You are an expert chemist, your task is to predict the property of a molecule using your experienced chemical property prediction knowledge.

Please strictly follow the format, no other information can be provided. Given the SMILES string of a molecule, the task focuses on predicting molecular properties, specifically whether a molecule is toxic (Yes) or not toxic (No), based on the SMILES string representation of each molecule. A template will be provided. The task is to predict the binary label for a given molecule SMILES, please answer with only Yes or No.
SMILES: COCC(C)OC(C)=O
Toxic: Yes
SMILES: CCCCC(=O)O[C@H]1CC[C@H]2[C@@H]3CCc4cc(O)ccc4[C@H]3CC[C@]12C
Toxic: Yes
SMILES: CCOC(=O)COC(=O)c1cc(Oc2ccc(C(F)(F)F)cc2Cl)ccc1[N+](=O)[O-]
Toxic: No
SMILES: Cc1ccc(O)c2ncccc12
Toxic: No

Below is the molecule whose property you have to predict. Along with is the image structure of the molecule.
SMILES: Cc1nnc2n1-c1sc(CCc3ccc(CC(C)C)cc3)cc1C(c1ccccc1Cl)=NC2C
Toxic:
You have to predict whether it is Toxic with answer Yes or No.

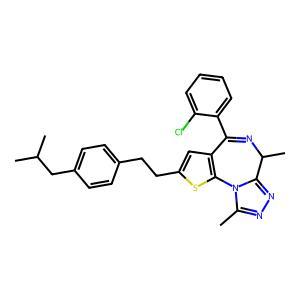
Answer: No